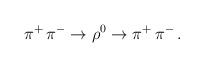
LaTeX: \begin{align*}\pi^{+}\,\pi^{-} \rightarrow \rho^{0} \rightarrow\pi^{+}\, \pi^{-} \, .\end{align*}